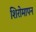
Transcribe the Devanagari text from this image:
शिरोमापन